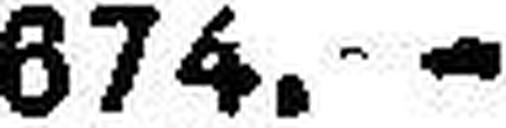
674.—